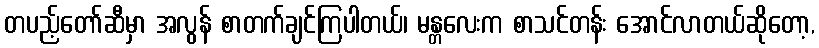
တပည့်တော်ဆီမှာ အလွန် စာတက်ချင်ကြပါတယ်၊ မန္တလေးက စာသင်တန်း အောင်လာတယ်ဆိုတော့,